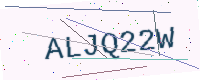
Text: ALJQ22W